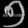
Digit: ၅